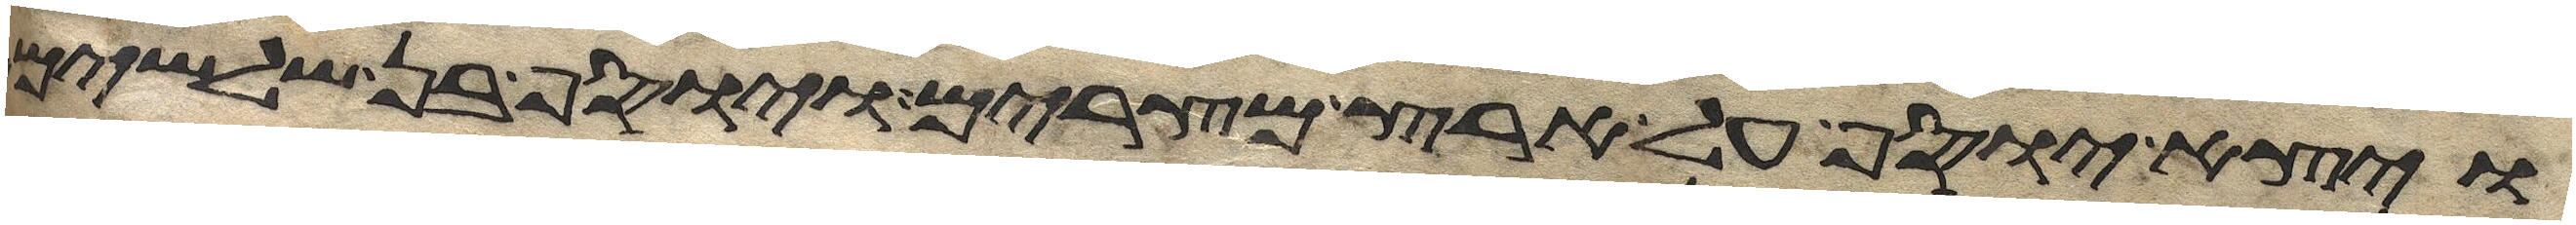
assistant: ויצא יוסף על ארץ מצרים ויוסף בן שלשים